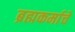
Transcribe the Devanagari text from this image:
ब्रह्मकर्माचे